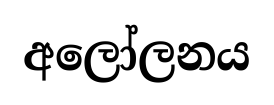
අලෝලනය